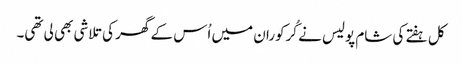
کل ہفتے کی شام پولیس نے کُرکوران میں اُس کے گھر کی تلاشی بھی لی تھی۔